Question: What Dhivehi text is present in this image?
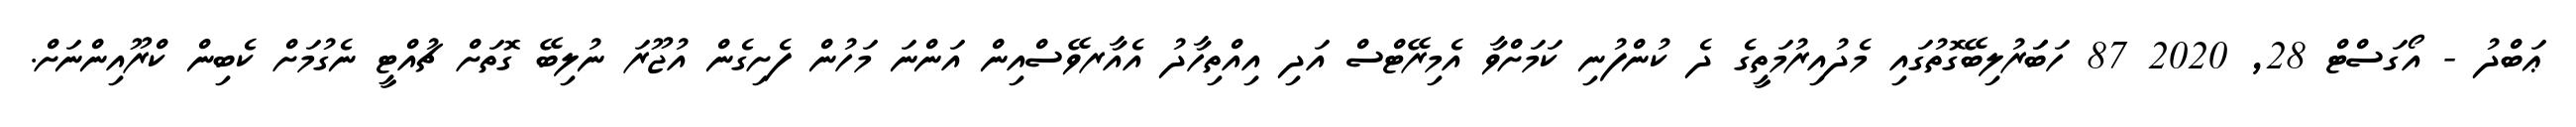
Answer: ޢަބްދު - އޯގަސްޓް 28, 2020 87 ހަބަަރުލިބޭގޮތުގައި މެދުއިރުމަތީގެ ދެ ކުންފުނި ކަމަށްވާ އެމިރޭޓްސް އަދި އިއްތިހާދު އެއާރވޭސްއިން އަންނަ މަހުން ފެށިގެން އުޖޫރަ ނުލިބޭ ގޮތަށް ޗުއްޓީ ނެގުމަށް ކެބިން ކްރޫއިންނަށް.